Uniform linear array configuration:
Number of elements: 4
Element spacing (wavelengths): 1
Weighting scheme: uniform
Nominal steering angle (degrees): -45
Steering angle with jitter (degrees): -46.514
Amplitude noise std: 0.05
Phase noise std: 0.05

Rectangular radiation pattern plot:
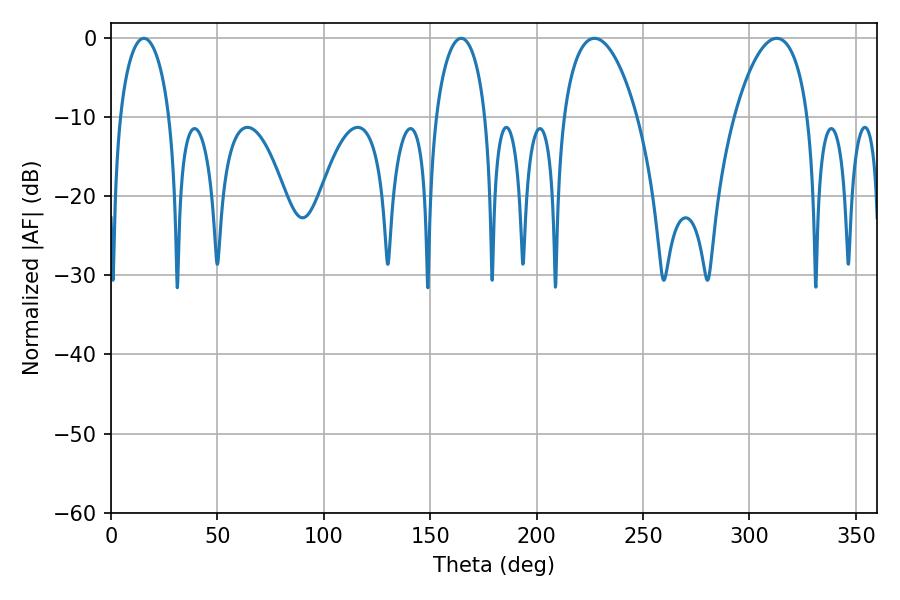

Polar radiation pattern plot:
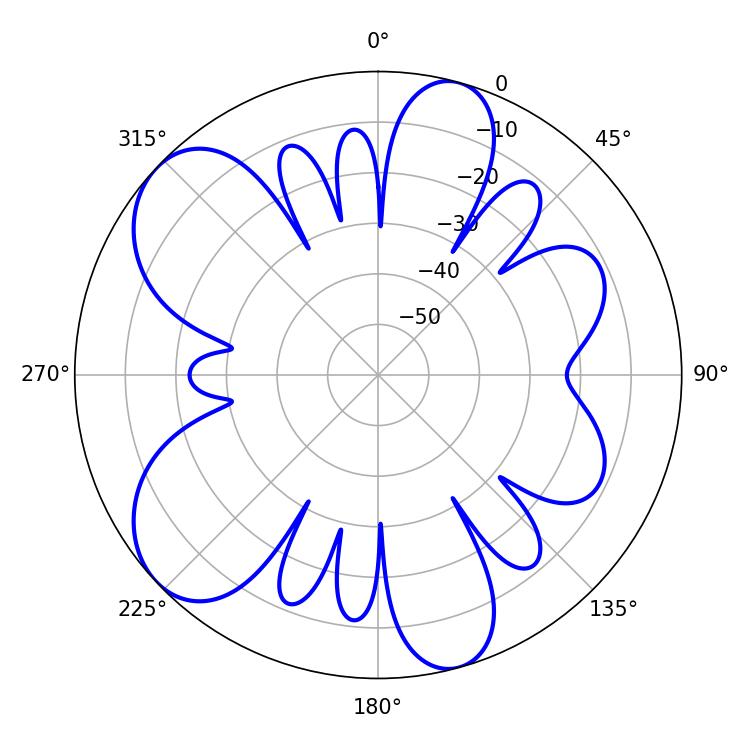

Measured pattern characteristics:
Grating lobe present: TRUE
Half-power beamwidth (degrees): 19.44
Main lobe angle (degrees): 312.84